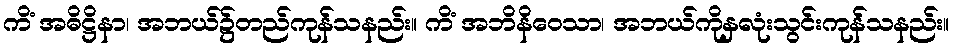
ကိံ အဓိဋ္ဌိနာ၊ အဘယ်၌တည်ကုန်သနည်း။ ကိံ အဘိနိဝေသာ၊ အဘယ်ကိုနှလုံးသွင်းကုန်သနည်း။